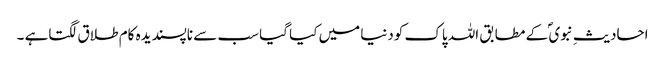
احادیثِ نبوی ؐ کے مطابق اللہ پاک کودنیا میں کیا گیا سب سے ناپسندیدہ کام طلاق لگتاہے ۔